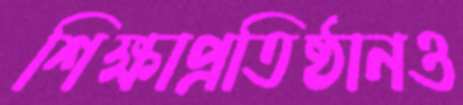
শিক্ষাপ্রতিষ্ঠানও